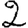
Digit: 2